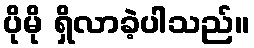
ပိုမို ရှိလာခဲ့ပါသည်။